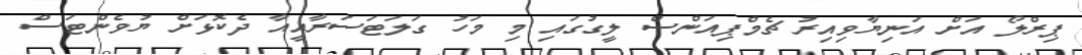
ޕިރްލޯ އަށް އަނިޔާވިއިރު ޗެމްޕިއަންސް ލީގުގައި މި މަހު ގަލަޓަސަރާއީއާ ދެކޮޅަށް ޔުވެންޓަސް